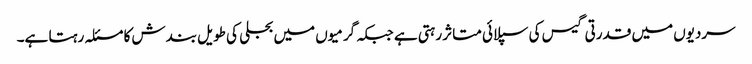
سردیوں میں قدرتی گیس کی سپلائی متاثر رہتی ہے جبکہ گرمیوں میں بجلی کی طویل بندش کا مسئلہ رہتا ہے۔